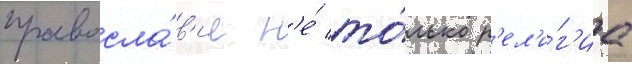
правосла́в'ие н'е́ то́лько р'ел'и́г'иа